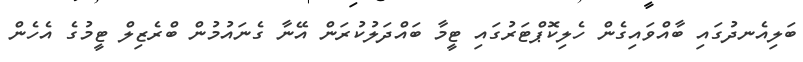
ބަލިއެނދުގައި ބާއްވައިގެން ހެލިކޮޕްޓަރުގައި ޓީމާ ބައްދަލުކުރަން އޭނާ ގެނައުމުން ބްރެޒިލް ޓީމުގެ އެހެން